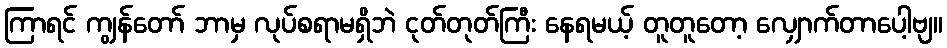
ကြာရင် ကျွန်တော် ဘာမှ လုပ်စရာမရှိဘဲ ငုတ်တုတ်ကြီး နေရမယ့် တူတူတော့ လျှောက်တာပေါ့ဗျ။